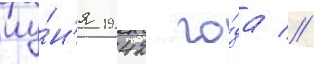
иу́н'я 1942 го́да //